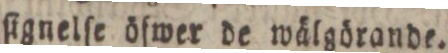
ſignelſe öfwer de wälgörande.